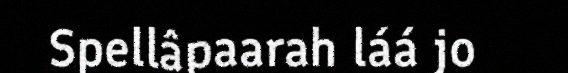
Spellâpaarah láá jo